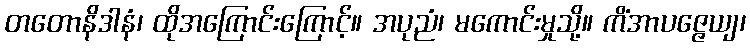
တတောနိဒါနံ၊ ထိုအကြောင်းကြောင့်။ အပုညံ၊ မကောင်းမှုသို့။ ကိံအာပဇ္ဇေယျ၊